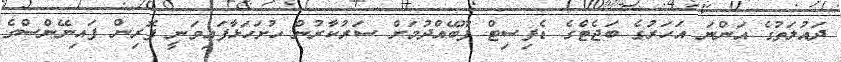
ދައުލަތުގެ އަންނަ އަހަރުގެ ބަޖެޓްގެ ޑެފިސިޓް ފޫބޭއްދުމަށް ސަރުކާރުން ހުށަހަޅާފައިވަނީ ފޮރިން ފައިނޭންސްގެ